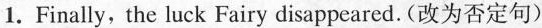
1.Finally,the luck Fairy disappeared. (改为否定句)